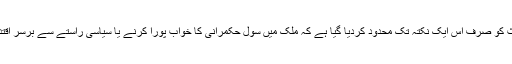
ان دو موضوعات کو خلط ملط کرکے اس ساری بحث کو صرف اس ایک نکتہ تک محدود کردیا گیا ہے کہ ملک میں سول حکمرانی کا خواب پورا کرنے یا سیاسی راستے سے برسر اقتدار آنے کے لئے فوج کو خوش رکھنا ضروری ہے۔